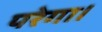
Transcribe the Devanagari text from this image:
परेगा।